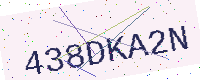
Text: 438DKA2N